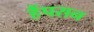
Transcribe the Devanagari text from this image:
हैंपसन